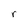
Character: r